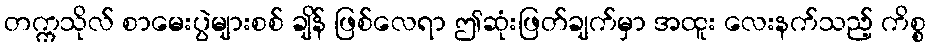
တက္ကသိုလ် စာမေးပွဲများစစ် ချိန် ဖြစ်လေရာ ဤဆုံးဖြတ်ချက်မှာ အထူး လေးနက်သည့် ကိစ္စ